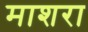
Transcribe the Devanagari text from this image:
माशरा